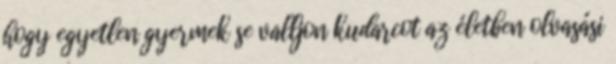
hogy egyetlen gyermek se valljon kudarcot az életben olvasási